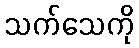
သက်သေကို